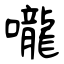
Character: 嚨